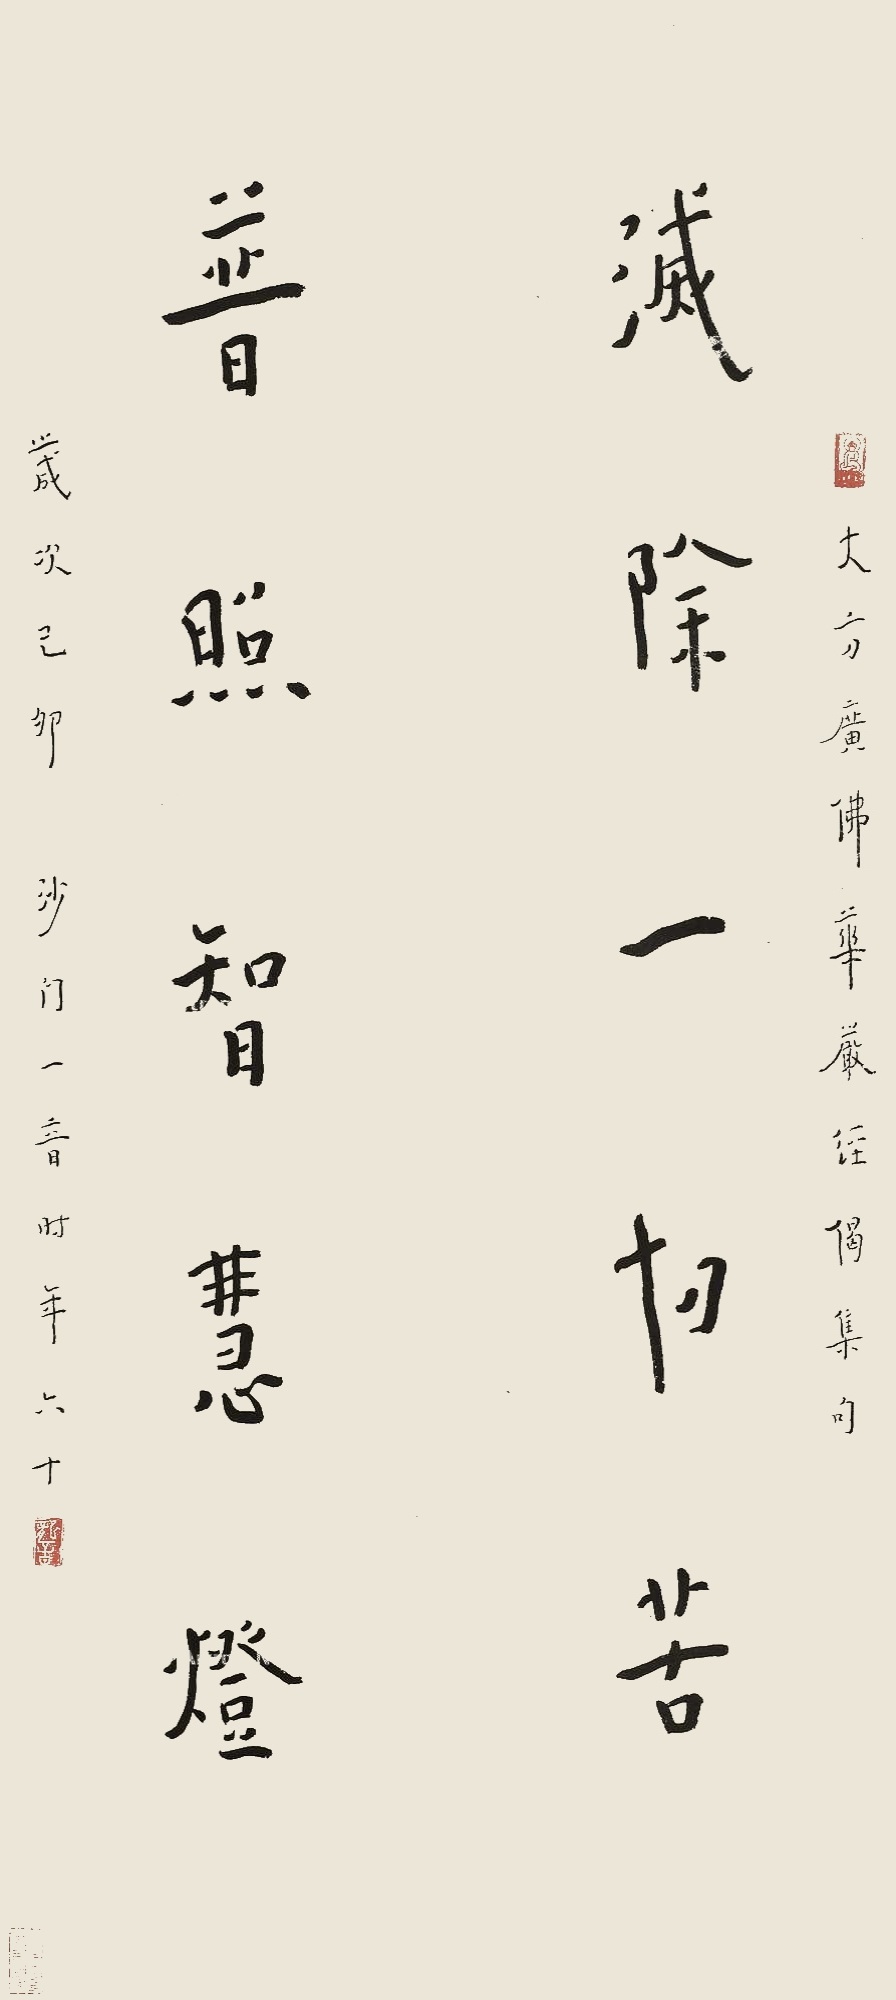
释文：灭除一切苦，普照智慧灯。大方广佛华严经偈集句，岁次己卯（1939年）沙门一音时年六十。